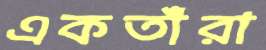
একতাঁরা